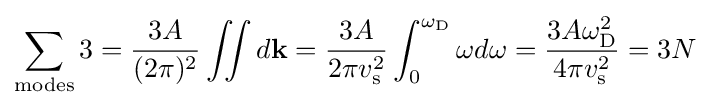
\sum _{\rm {modes}}3={\frac {3A}{(2\pi )^{2}}}\iint d\mathbf {k} ={\frac {3A}{2\pi v_{\rm {s}}^{2}}}\int _{0}^{\omega _{\rm {D}}}\omega d\omega ={\frac {3A\omega _{\rm {D}}^{2}}{4\pi v_{\rm {s}}^{2}}}=3N